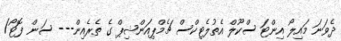
ދެވަނަ މައިލޯ އިންޓަ ސްކޫލް އެތުލެޓިިކްސް ޗެމްޕިއަންޝިޕް ގެ ތެރެއިން--- ސަން ފޮޓޯ/